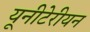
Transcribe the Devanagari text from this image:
यूनीटेरीयन